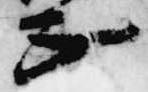
正